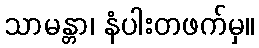
သာမန္တာ၊ နံပါးတဖက်မှ။